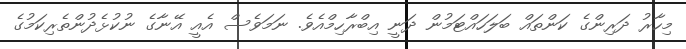
މިހާރު ދަރިންގެ ކަންތައް ބަލަހައްޓަމުން ދަނީ އިބްރާހިމްއެވެ. ނަމަވެސް އެއީ އޭނާގެ ނުކުޅެދުންތެރިކަމުގެ